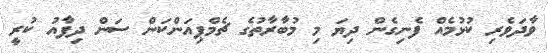
ވާދަވެރި ކުޅުމެއް ފެނިގެން ދިޔަ މި މުބާރާތުގެ ޗެމްޕިއަންކަން ސަން ދިފާއު ކުރީ